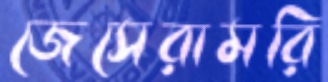
জেসেরামরি